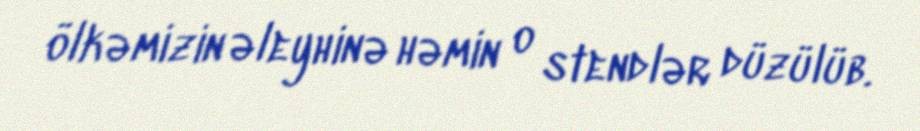
ölkəmizin əleyhinə həmin o stendlər düzülüb.